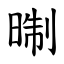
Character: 㫼